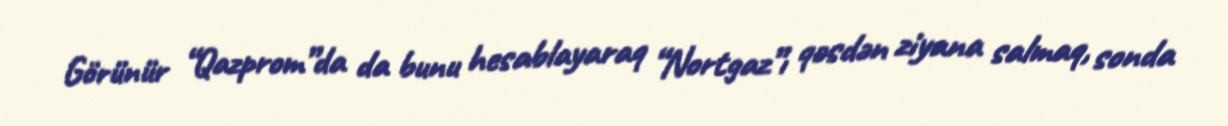
Görünür “Qazprom”da da bunu hesablayaraq “Nortgaz”ı qəsdən ziyana salmaq, sonda